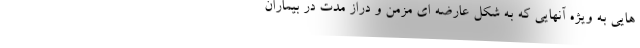
هایی به ویژه آنهایی که به شکل عارضه ای مزمن و دراز مدت در بیماران